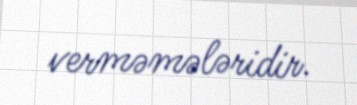
verməmələridir.